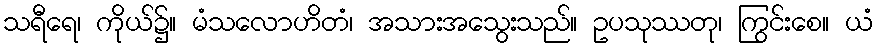
သရီရေ၊ ကိုယ်၌။ မံသလောဟိတံ၊ အသားအသွေးသည်။ ဥပသုဿတု၊ ကြွင်းစေ။ ယံ